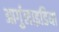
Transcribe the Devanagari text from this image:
आर्गुलाइडिया